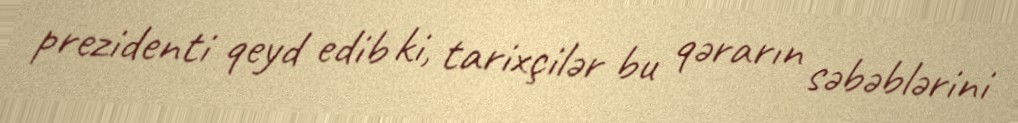
prezidenti qeyd edib ki, tarixçilər bu qərarın səbəblərini